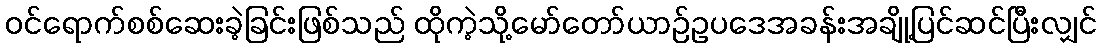
ဝင်ရောက်စစ်ဆေးခဲ့ခြင်းဖြစ်သည် ထိုကဲ့သို့မော်တော်ယာဉ်ဥပဒေအခန်းအချို့ပြင်ဆင်ပြီးလျှင်